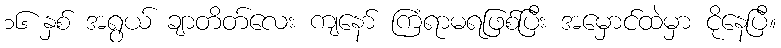
၁၆ နှစ် အရွယ် ချာတိတ်လေး ကျနော် ကြံရာမရဖြစ်ပြီး အမှောင်ထဲမှာ ငိုနေပြီ။